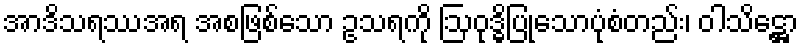
အာဒိသရဿအရ အစဖြစ်သော ဥသရကို ဩဝုဒ္ဓိပြုသောပုံစံတည်း၊ ဝါသိဋ္ဌော